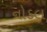
નોડલ